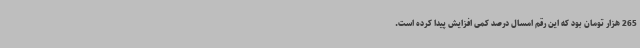
265 هزار تومان بود که این رقم امسال درصد کمی افزایش پیدا کرده است.